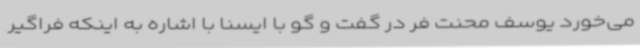
می‌خورد یوسف محنت فر در گفت و گو با ایسنا با اشاره به اینکه فراگیر